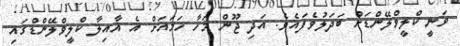
ވަނީ ކްލީވްލޭންޑަށް ބަދަލުވެފައެވެ. އަދި ޖޫން މަހާ ހަމައަށް އެ އާއިލާ ކްލީވްލޭންޑްގައި